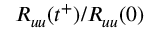
R _ { u u } ( t ^ { + } ) / R _ { u u } ( 0 )